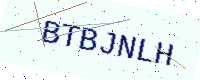
Text: BTBJNLH